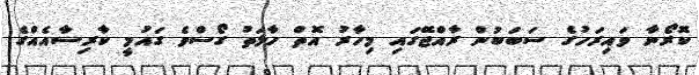
ކޮރޯނާ ވައިރަހުގެ ސަބަބުން ރާއްޖޭގައި މިހާރު އޮތް ހާލަތު ގޯސްވެ ގައުމީ ކާރިސާއެއްގެ